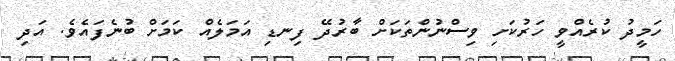
ހަމީދު ކުރެއްވީ ހަރުކަށި ވިސްނުންތަކަށް ބާރުދޭ ފިނޑި އަމަލެއް ކަމަށް ބުނެފައެވެ. އަދި